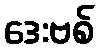
ဒေးဗစ်